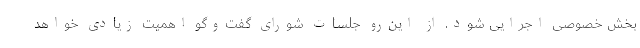
بخش خصوصی اجرایی شود. از این‌رو جلسات شورای گفت‌وگو اهمیت زیادی خواهد